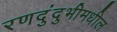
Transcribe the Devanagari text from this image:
रणदुंदुभीमधील